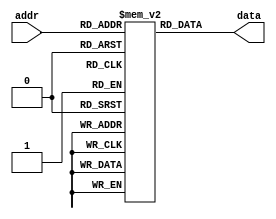
module parameterized_rom #(
    parameter ADDR_WIDTH = 8,      // Address width
    parameter DATA_WIDTH = 16       // Data width
)(
    input wire [ADDR_WIDTH-1:0] addr, // Input address
    output reg [DATA_WIDTH-1:0] data   // Output data
);

// Calculate the number of entries in the ROM
localparam NUM_ENTRIES = 1 << ADDR_WIDTH; // 2^ADDR_WIDTH

// Memory array to hold the ROM data
reg [DATA_WIDTH-1:0] rom [0:NUM_ENTRIES-1];

// Initial block to load ROM contents
initial begin
    // Example initialization: You can modify this to load from a file or specify values
    // Here we initialize the ROM with some example values
    rom[0]  = 16'h0001;
    rom[1]  = 16'h0002;
    rom[2]  = 16'h0003;
    rom[3]  = 16'h0004;
    rom[4]  = 16'h0005;
    // ... Additional initialization as needed
    rom[255] = 16'h00FF; // Example for an 8-bit address space
end

// Always block to read data from ROM based on the address
always @(*) begin
    // Synchronous read operation
    data = rom[addr]; // Drive data based on the address
end

endmodule